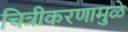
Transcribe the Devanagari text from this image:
चित्रीकरणामुळे